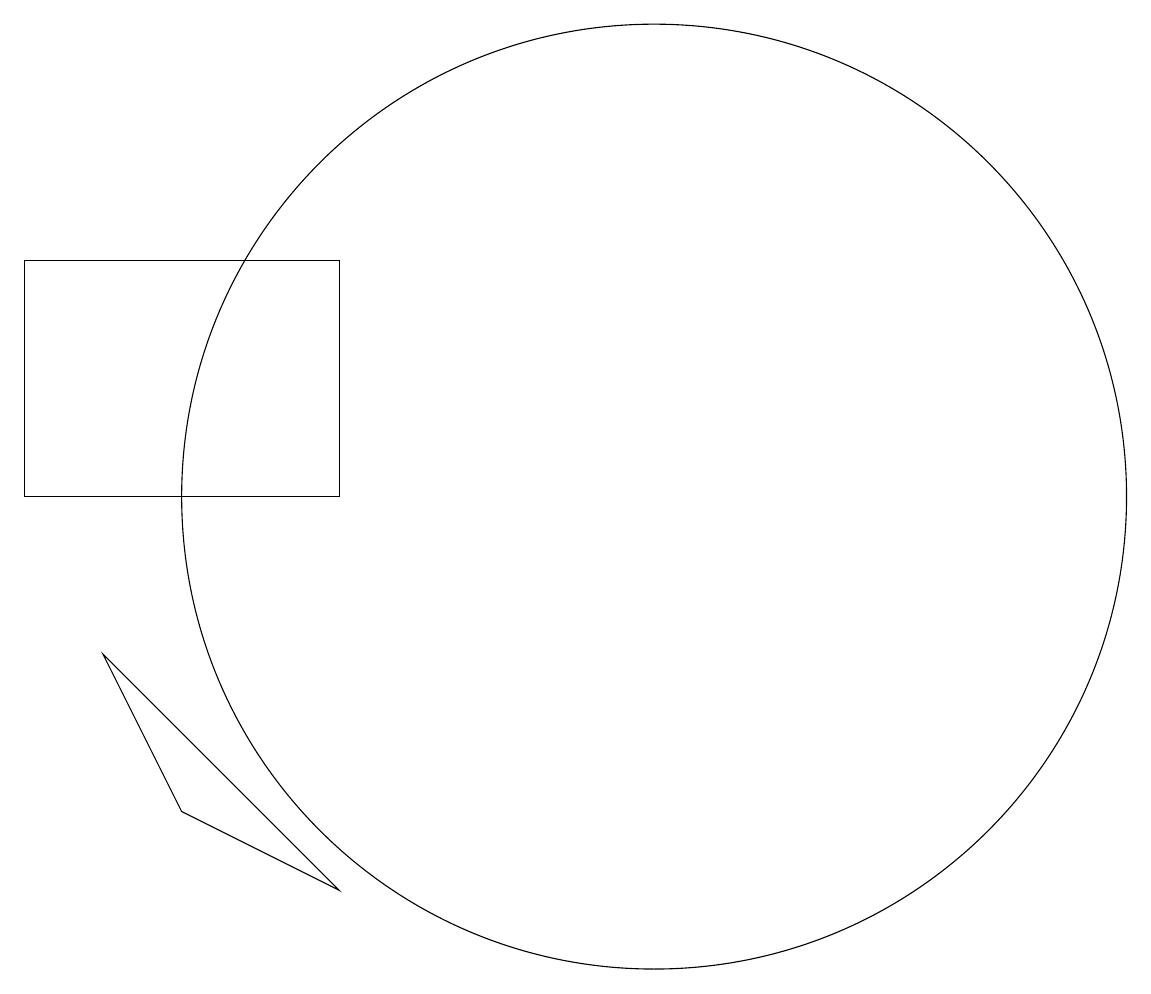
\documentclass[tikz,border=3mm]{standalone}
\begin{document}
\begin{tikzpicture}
\draw (6,10) rectangle (2,13);
\draw (10,10) circle (6);
\draw (3,8) -- (6,5) -- (4,6) -- cycle;
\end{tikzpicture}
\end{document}